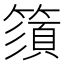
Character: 𥳗